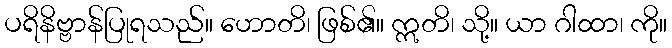
ပရိနိဗ္ဗာန်ပြုရသည်။ ဟောတိ၊ ဖြစ်၏။ ဣတိ၊ သို့။ ယာ ဂါထာ၊ ကို။